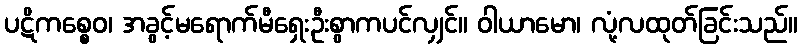
ပဋိကစ္စေဝ၊ အခွင့်မရောက်မီရှေးဦးစွာကပင်လျှင်။ ဝါယာမော၊ လုံ့လထုတ်ခြင်းသည်။